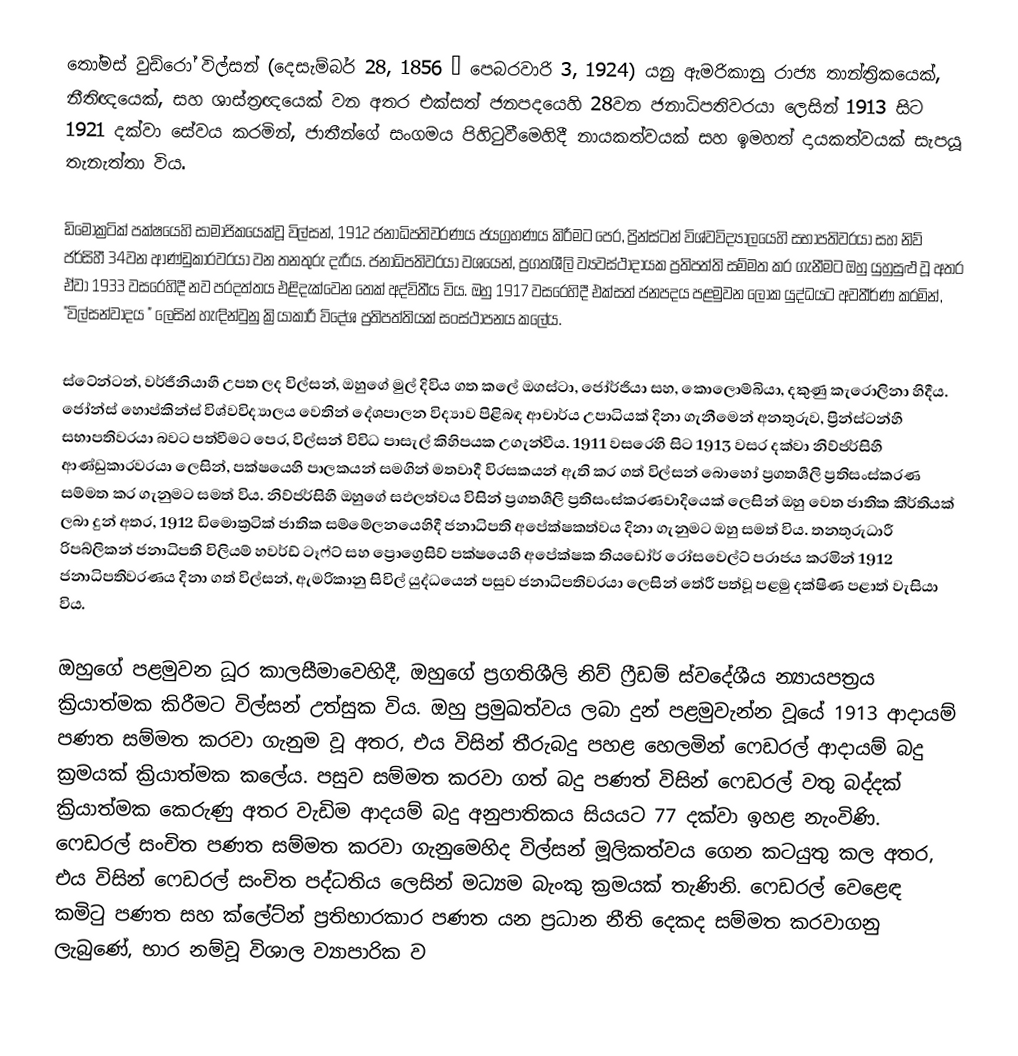
තෝමස් වුඩ්රෝ විල්සන් (දෙසැම්බර් 28, 1856 – පෙබරවාරි 3, 1924) යනු ඇමරිකානු  රාජ්‍ය තාන්ත්‍රිකයෙක්, නීතිඥයෙක්, සහ  ශාස්ත්‍රඥයෙක් වන අතර   එක්සත් ජනපදයෙහි 28වන ජනාධිපතිවරයා ලෙසින් 1913 සිට 1921 දක්වා සේවය කරමින්, ජාතීන්ගේ සංගමය පිහිටුවීමෙහිදී නායකත්වයක් සහ ඉමහත් දායකත්වයක් සැපයූ තැනැත්තා විය.

ඩිමොක්‍රටික් පක්ෂයෙහි සාමාජිකයෙක්වූ විල්සන්, 1912 ජනාධිපතිවරණය ජයග්‍රහණය කිරීමට පෙර, ප්‍රින්ස්ටන් විශ්වවිද්‍යාලයෙහි සභාපතිවරයා සහ  නිව් ජර්සිහී 34වන ආණ්ඩුකාරවරයා වන තනතුරු දැරීය. ජනාධිපතිවරයා වශයෙන්, ප්‍රගතශීලි ව්‍යවස්ථාදායක ප්‍රතිපත්ති සම්මත කර ගැනීමට ඔහු යුහුසුළු වූ අතර ඒවා 1933 වසරෙහිදී නව ප‍්‍රදත්තය එළිදැක්වෙන  තෙක් අද්විතීය විය. ඔහු 1917 වසරෙහිදී එක්සත් ජනපදය  පළමුවන ලෝක යුද්ධයට අවතීර්ණ කරමින්, "විල්සන්වාදය " ලෙසින් හැඳින්වුනු ක්‍රියාකාරී විදේශ ප්‍රතිපත්තියක් සංස්ථාපනය කලේය.

ස්ටේන්ටන්, වර්ජීනියාහී උපත ලද විල්සන්, ඔහුගේ මුල් දිවිය ගත කලේ ඔගස්ටා, ජෝර්ජියා සහ, කොලොම්බියා, දකුණු කැරොලිනා හිදීය. ජෝන්ස් හොප්කින්ස් විශ්වවිද්‍යාලය වෙතින් දේශපාලන විද්‍යාව පිළිබඳ ආචාර්ය උපාධියක් දිනා ගැනීමෙන් අනතුරුව, ප්‍රින්ස්ටන්හී සභාපතිවරයා බවට පත්වීමට පෙර, විල්සන් විවිධ පාසැල් කිහිපයක උගැන්වීය. 1911 වසරෙහි සිට 1913 වසර දක්වා නිව්ජර්සිහී ආණ්ඩුකාරවරයා ලෙසින්,   පක්ෂයෙහි පාලකයන් සමගින් මතවාදී විරසකයන් ඇති කර ගත් විල්සන් බොහෝ ප්‍රගතශීලි ප්‍රතිසංස්කරණ සම්මත කර ගැනුමට සමත් විය. නිව්ජර්සිහී ඔහුගේ  සඵලත්වය විසින් ප්‍රගතශීලි ප්‍රතිසංස්කරණවාදියෙක් ලෙසින් ඔහු වෙත ජාතික කීර්තියක් ලබා දුන් අතර,   1912 ඩිමොක්‍රටික් ජාතික  සම්මේලනයෙහිදී ජනාධිපති අපේක්ෂකත්වය දිනා ගැනුමට ඔහු සමත් විය. තනතුරුධාරී  රිපබ්ලිකන් ජනාධිපති විලියම් හවර්ඩ් ටෑෆ්ට් සහ  ප්‍රොග්‍රෙසිව් පක්ෂයෙහි අපේක්ෂක තියඩෝර් රෝසවෙල්ට් පරාජය කරමින්  1912 ජනාධිපතිවරණය දිනා ගත් විල්සන්,    ඇමරිකානු සිවිල් යුද්ධයෙන් පසුව ජනාධිපතිවරයා ලෙසින් තේරී පත්වූ පළමු දක්ෂිණ පළාත් වැසියා විය.

ඔහුගේ පළමුවන ධූර කාලසීමාවෙහිදී, ඔහුගේ ප්‍රගතිශීලි නිව් ෆ්‍රීඩම් ස්වදේශීය  න්‍යායපත්‍රය ක්‍රියාත්මක කිරීමට විල්සන් උත්සුක විය. ඔහු ප්‍රමුඛත්වය ලබා දුන් පළමුවැන්න වූයේ  1913 ආදායම් පණත සම්මත කරවා ගැනුම වූ අතර, එය විසින්  තීරුබදු පහළ හෙලමින් ෆෙඩරල් ආදායම් බදු ක්‍රමයක් ක්‍රියාත්මක කලේය. පසුව සම්මත කරවා ගත් බදු පණත් විසින් ෆෙඩරල්  වතු බද්දක් ක්‍රියාත්මක කෙරුණු අතර වැඩිම ආදයම් බදු  අනුපාතිකය සියයට 77 දක්වා ඉහළ නැංවිණි. ෆෙඩරල් සංචිත පණත සම්මත කරවා ගැනුමෙහිද විල්සන් මූලිකත්වය ගෙන කටයුතු කල අතර, එය විසින් ෆෙඩරල් සංචිත පද්ධතිය ලෙසින් මධ්‍යම බැංකු ක්‍රමයක් තැණිනි. ෆෙඩරල් වෙළෙඳ කමිටු පණත සහ  ක්ලේට්න් ප්‍රතිභාරකාර පණත යන ප්‍රධාන නීති දෙකද සම්මත කරවාගනු ලැබුණේ, භාර නම්වූ විශාල ව්‍යාපාරික ව